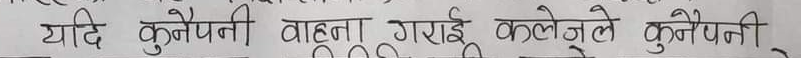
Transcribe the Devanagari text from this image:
यदि कुनैपनी बाहना गराई कलेजले कुनैपनी